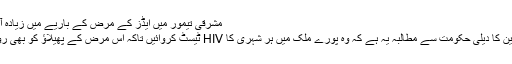
مشرقی تیمور میں ایڈز کے مرض کے باریے میں زیادہ آگہی نہیں ہے
اس لیے ماہرین کا دیلی حکومت سے مطالبہ یہ ہے کہ وہ پورے ملک میں ہر شہری کا HIV ٹیسٹ کروائیں تاکہ اس مرض کے پھیلاؤ کو بھی روکا جا سکے۔